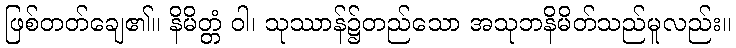
ဖြစ်တတ်ချေ၏။ နိမိတ္တံ ဝါ၊ သုဿာန်၌တည်သော အသုဘနိမိတ်သည်မူလည်း။